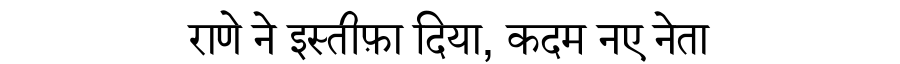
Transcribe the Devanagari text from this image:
राणे ने इस्तीफ़ा दिया, कदम नए नेता